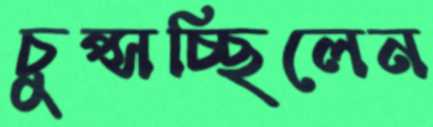
চুপ্‌সচ্ছিলেন